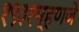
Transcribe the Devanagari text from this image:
१९३१म्हणजे